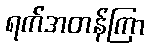
ရက်အတန်ကြာ